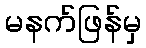
မနက်ဖြန်မှ